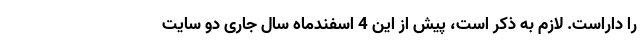
را داراست. لازم به ذکر است، پیش از این 4 اسفندماه سال جاری دو سایت